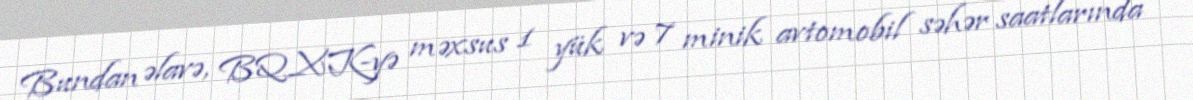
Bundan əlavə, BQXK-yə məxsus 1 yük və 7 minik avtomobil səhər saatlarında